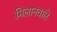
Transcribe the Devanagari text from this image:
मिलानवाले